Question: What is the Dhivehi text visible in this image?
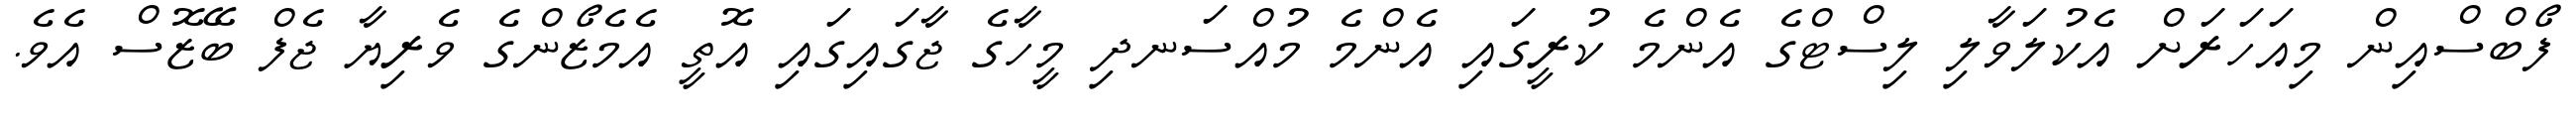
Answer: ފޯބްސްއިން މިއަހަރަށް އެކުލަވާލި ލިސްޓްގެ އެންމެ ކުރީގައި އެންމެ މުއްސަނދި މީހާގެ ޖާގައިގައި އޮތީ އެމެޒޯންގެ ވެރިޔާ ޖެފް ބޭޒޮސް އެވެ.